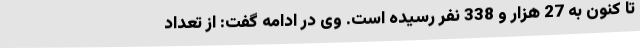
تا کنون به 27 هزار و 338 نفر رسیده است. وی در ادامه گفت: از تعداد